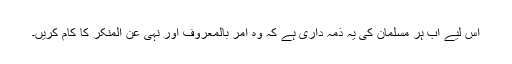
اس لیے اب ہر مسلمان کی یہ ذمہ داری ہے کہ وہ امر بالمعروف اور نہی عن المنکر کا کام کریں۔